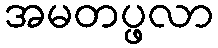
အမတပ္ဖလာ